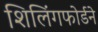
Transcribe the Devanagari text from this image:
शिलिंगफोर्डने